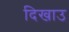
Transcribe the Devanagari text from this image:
दिखाउ